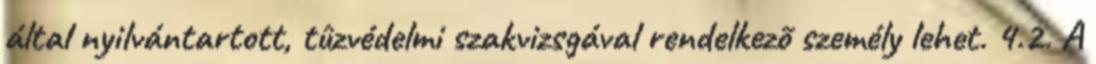
által nyilvántartott, tûzvédelmi szakvizsgával rendelkezõ személy lehet. 4.2. A